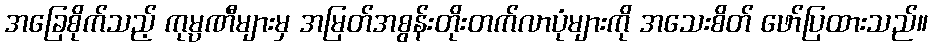
အခြေစိုက်သည့် ကုမ္ပဏီများမှ အမြတ်အစွန်းတိုးတက်လာပုံများကို အသေးစိတ် ဖော်ပြထားသည်။